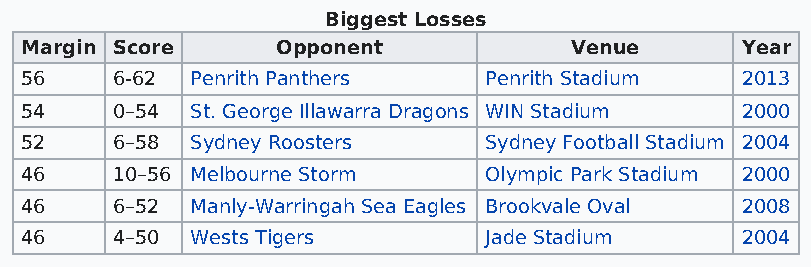
Biggest Losses
 Margin Score     Opponent            Venue      Year
 56    6-62  Penrith Panthers   Penrith Stadium  2013
 54    0–54  St. George Illawarra Dragons WIN Stadium 2000
 52    6–58  Sydney Roosters    Sydney Football Stadium 2004
 46    10–56 Melbourne Storm    Olympic Park Stadium 2000
 46    6–52  Manly-Warringah Sea Eagles Brookvale Oval 2008
 46    4–50  Wests Tigers       Jade Stadium     2004